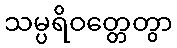
သမ္ပရိဝတ္တေတွာ